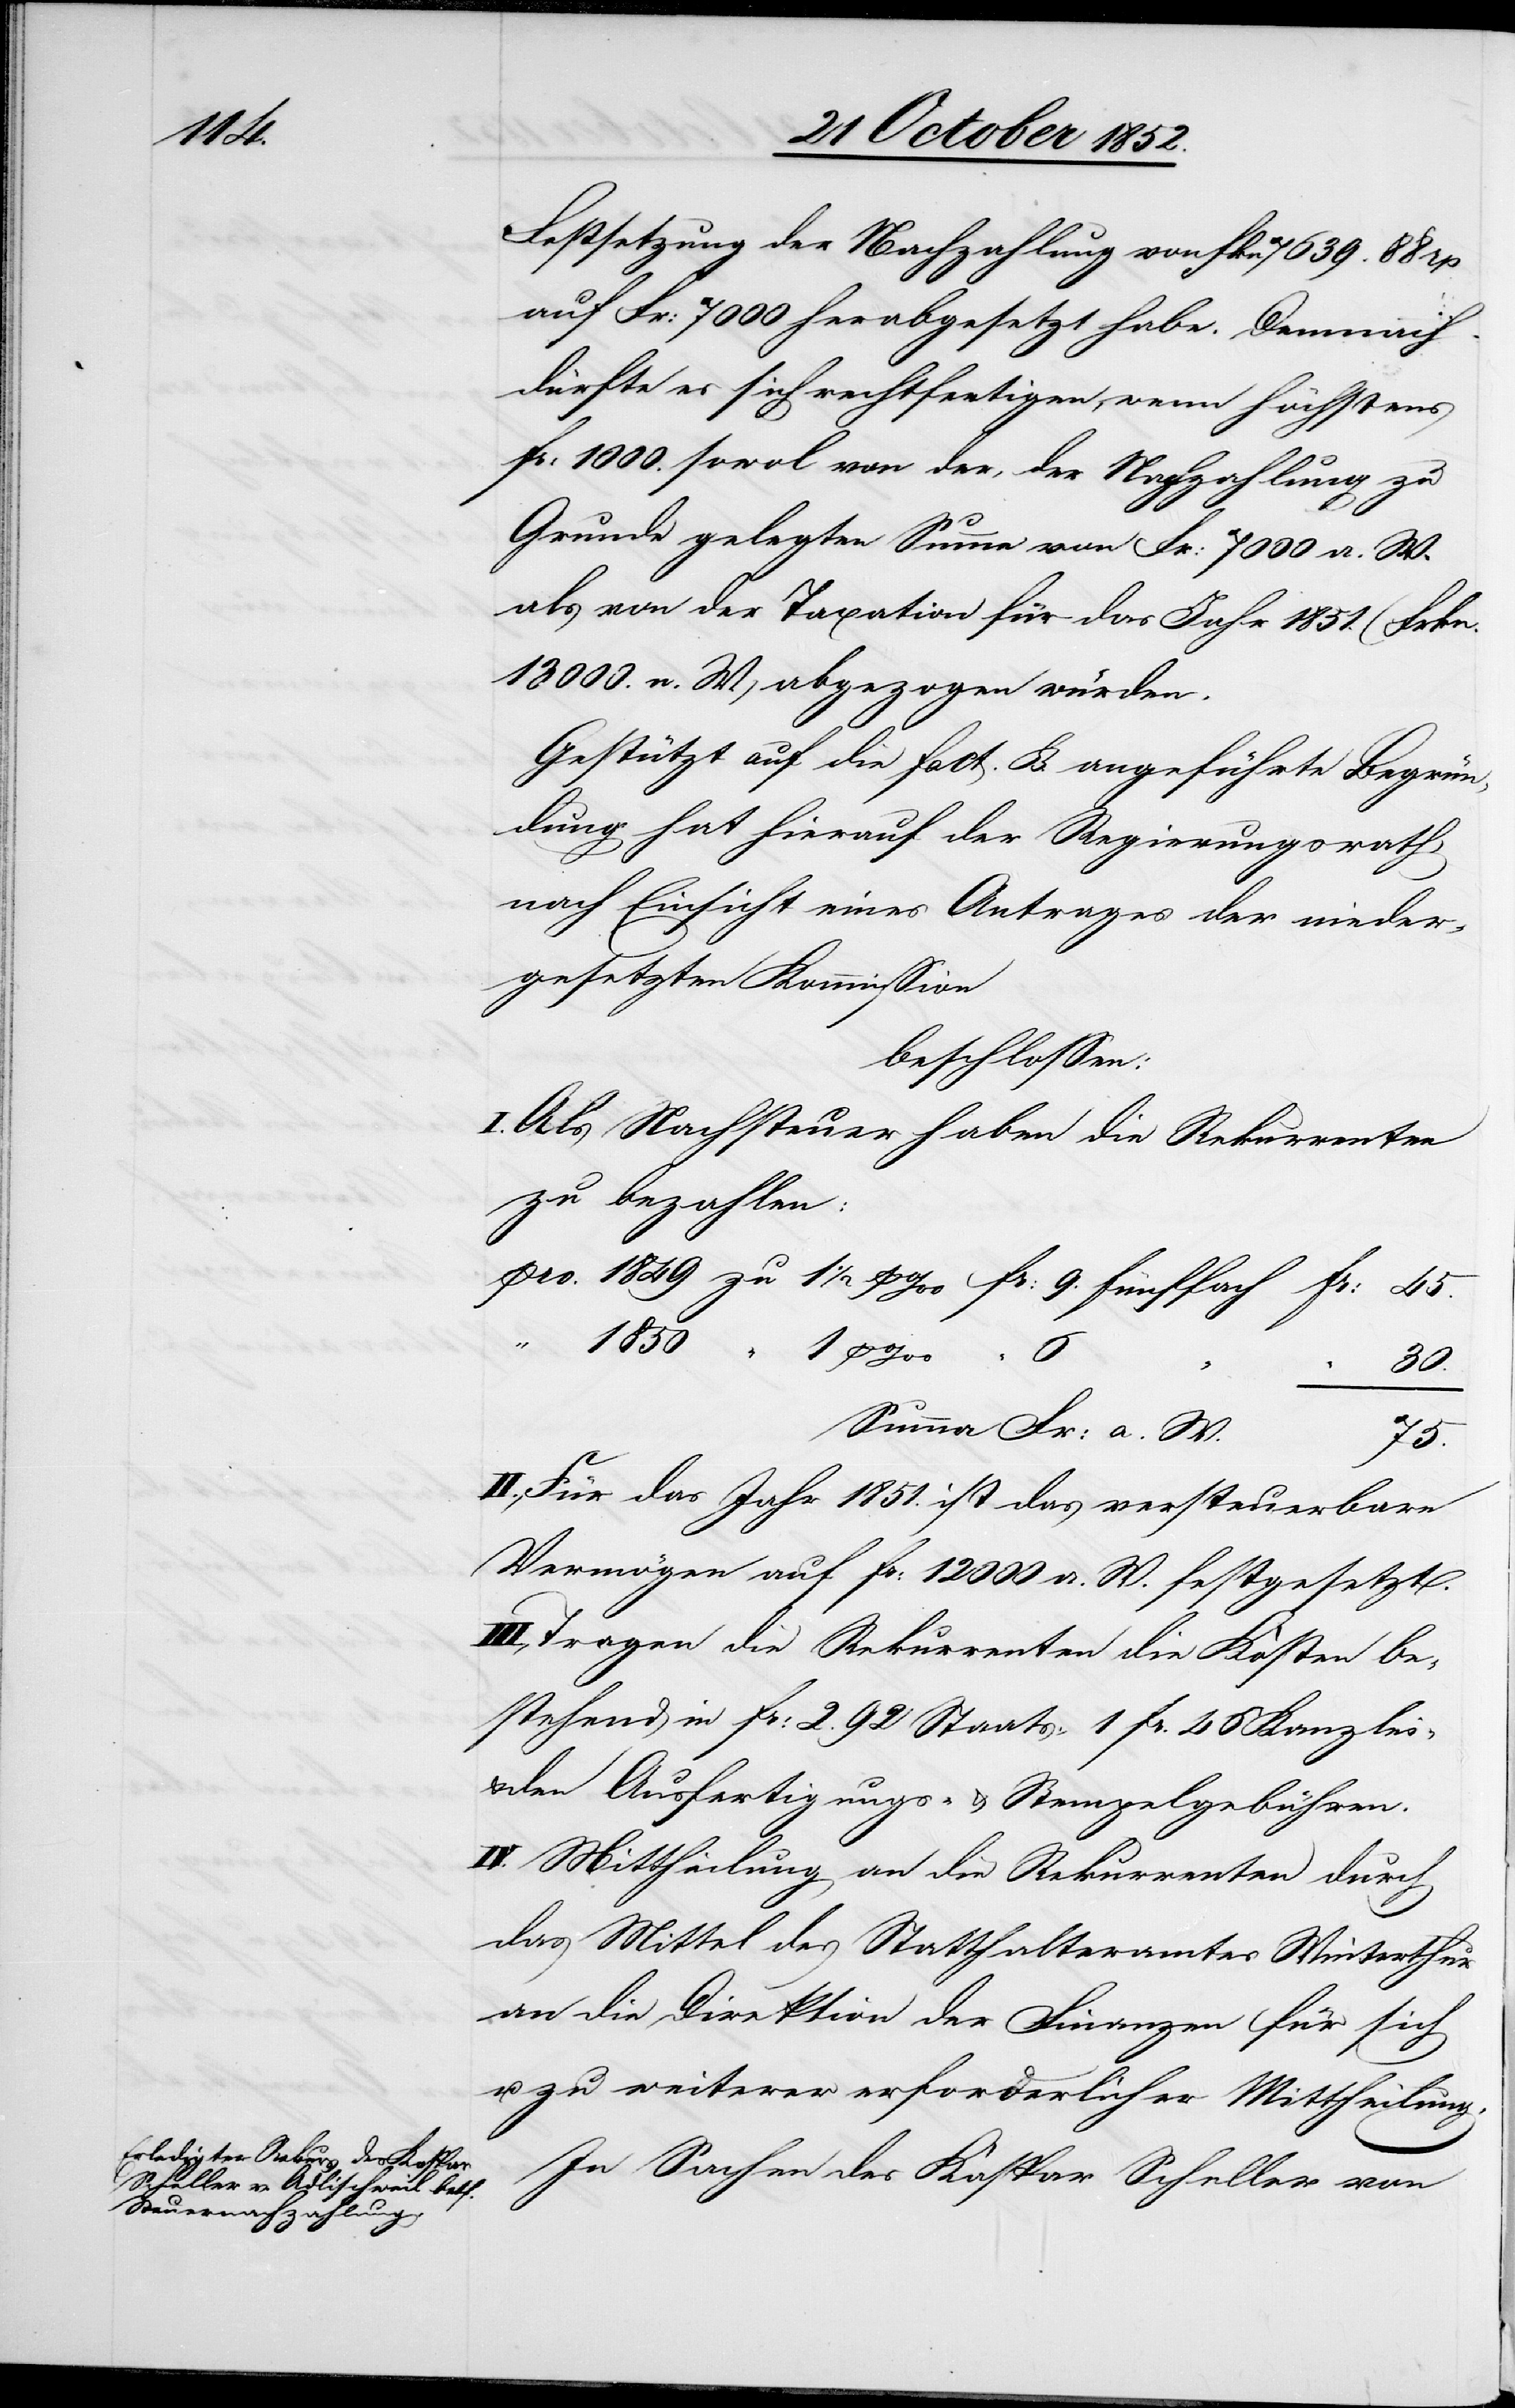
1850

Festsetzung der Nachzahlung von Fkn 7639. 88 rp.
auf Fr: 7000 herabgesetzt habe. Demnach
dürfte es sich rechtfertigen, wenn höchstens
Fr: 1000. sowol von der, der Nachzahlung zu
Grunde gelegten Summe von Fr: 7000 a. W.
als von der Taxation für das Jahr 1851. (Frkn.
13 000. n. W.) abgezogen würden.
Gestützt auf die Fact. B. angeführte Begrün¬
dung hat hierauf der Regierungsrath,
nach Einsicht eines Antrages der nieder¬
gesetzten Kommission
beschlossen:
I. Als Nachsteuer haben die Rekurrenten
zu bezahlen:
1 p.
30.
Summa Fr: a. W.
75.
II., Für das Jahr 1851. ist das versteuerbare
Vermögen auf Fr: 12 000 a. W. festgesetzt.
Tragen die Rekurrenten die Kosten be¬
stehend in Fr: 2. 92 Staats-[,] 1 Fr. 46 Kanzlei-
den Ausfertigungs- & Stempelgebühren.
IV. Mittheilung an die Rekurrenten durch
das Mittel des Statthalteramtes Winterthur
an die Direktion der Finanzen für sich
u. zu weiterer erforderlicher Mittheilung.
In Sachen des Kaspar Scheller von